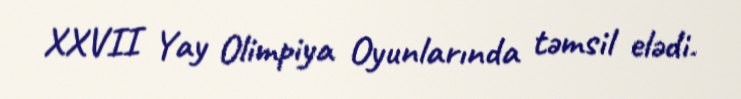
XXVII Yay Olimpiya Oyunlarında təmsil elədi.